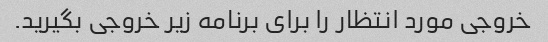
خروجی مورد انتظار را برای برنامه زیر خروجی بگیرید.